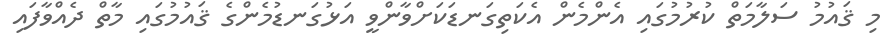
މި ޤައުމު ސަލާމަތް ކުރުމުގައި އެންމެން އެކަތިގަނޑަކަށްވާންވީ އަޅުގަނޑުމެންގެ ޤައުމުގައި މާތް ދެއްވާފައި